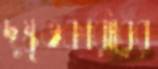
দুষ্কৃতকারীরের